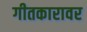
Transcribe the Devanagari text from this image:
गीतकारावर